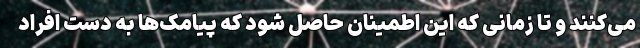
می‌کنند و تا زمانی که این اطمینان حاصل شود که پیامک‌ها به دست افراد